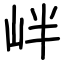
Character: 𡶡